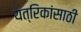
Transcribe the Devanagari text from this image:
यत्रिकांसाठी